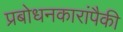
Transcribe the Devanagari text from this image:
प्रबोधनकारांपैकी